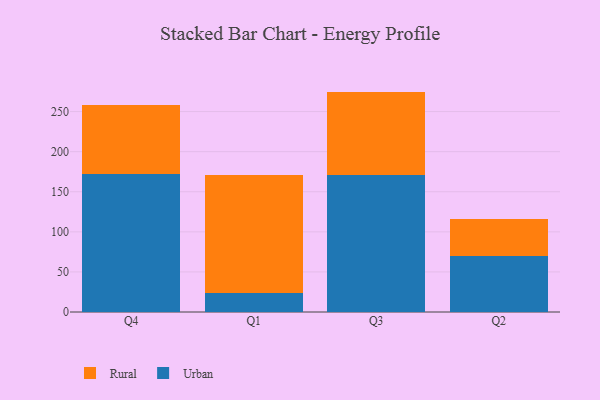
{"axis": {"x": "Quarter", "y": "Customer Acquisition Cost (USD)"}, "legend": ["Rural", "Urban"], "data": [{"x": "Q4", "y": 171.8, "type": "Urban"}, {"x": "Q4", "y": 86.5, "type": "Rural"}, {"x": "Q1", "y": 23.1, "type": "Urban"}, {"x": "Q1", "y": 147.7, "type": "Rural"}, {"x": "Q3", "y": 171.5, "type": "Urban"}, {"x": "Q3", "y": 103.4, "type": "Rural"}, {"x": "Q2", "y": 69.6, "type": "Urban"}, {"x": "Q2", "y": 46.1, "type": "Rural"}]}